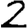
Digit: 2